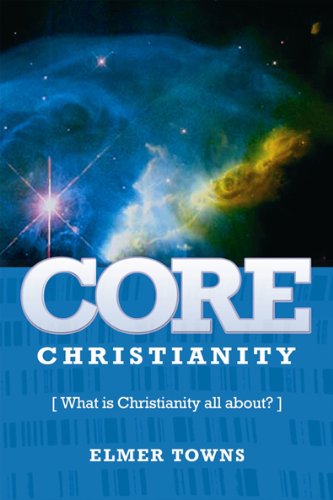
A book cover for Core Christianity: What Is Christianity All About?; Elmer Towns; Christian Books & Bibles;